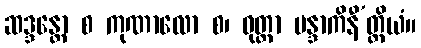
ဆဒ္ဒန္တော စ ကုဏာလော စ၊ ဝုတ္တာ မန္ဒာကိနီ’တ္ထိယံ။